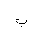
Letter: _ba